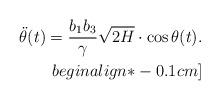
LaTeX: \begin{align*}\ddot{\theta}(t)= \dfrac{b_{1}b_{3}}{\gamma}\sqrt{2H} \cdot \cos\theta(t).\\begin{align*}-0.1cm]\end{align*}